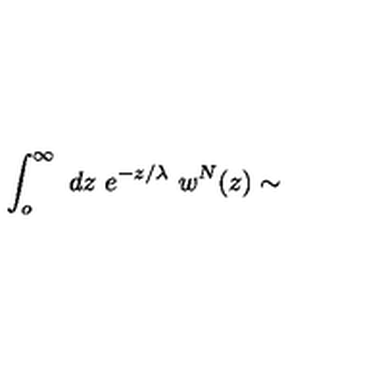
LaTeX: \int _ { o } ^ { \infty } \ d z \ e ^ { - z / \lambda } \ w ^ { N } ( z ) \sim